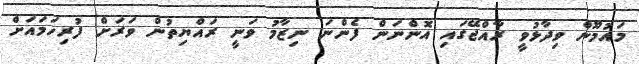
މައުމޫން ވިދާޅުވީ ރާއްޖޭގައި އޮންނަން ފެންނަ ނިޒާމު ވަނީ ރައްޔިތުން ވަރަށް ފުރިހަމައަށް